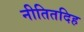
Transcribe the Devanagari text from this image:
नीतितदिह